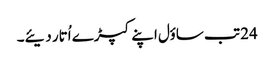
24 تب ساؤل اپنے کپڑے اُتار دیئے۔